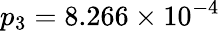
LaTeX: p_{3}=8.266\times 10^{-4}